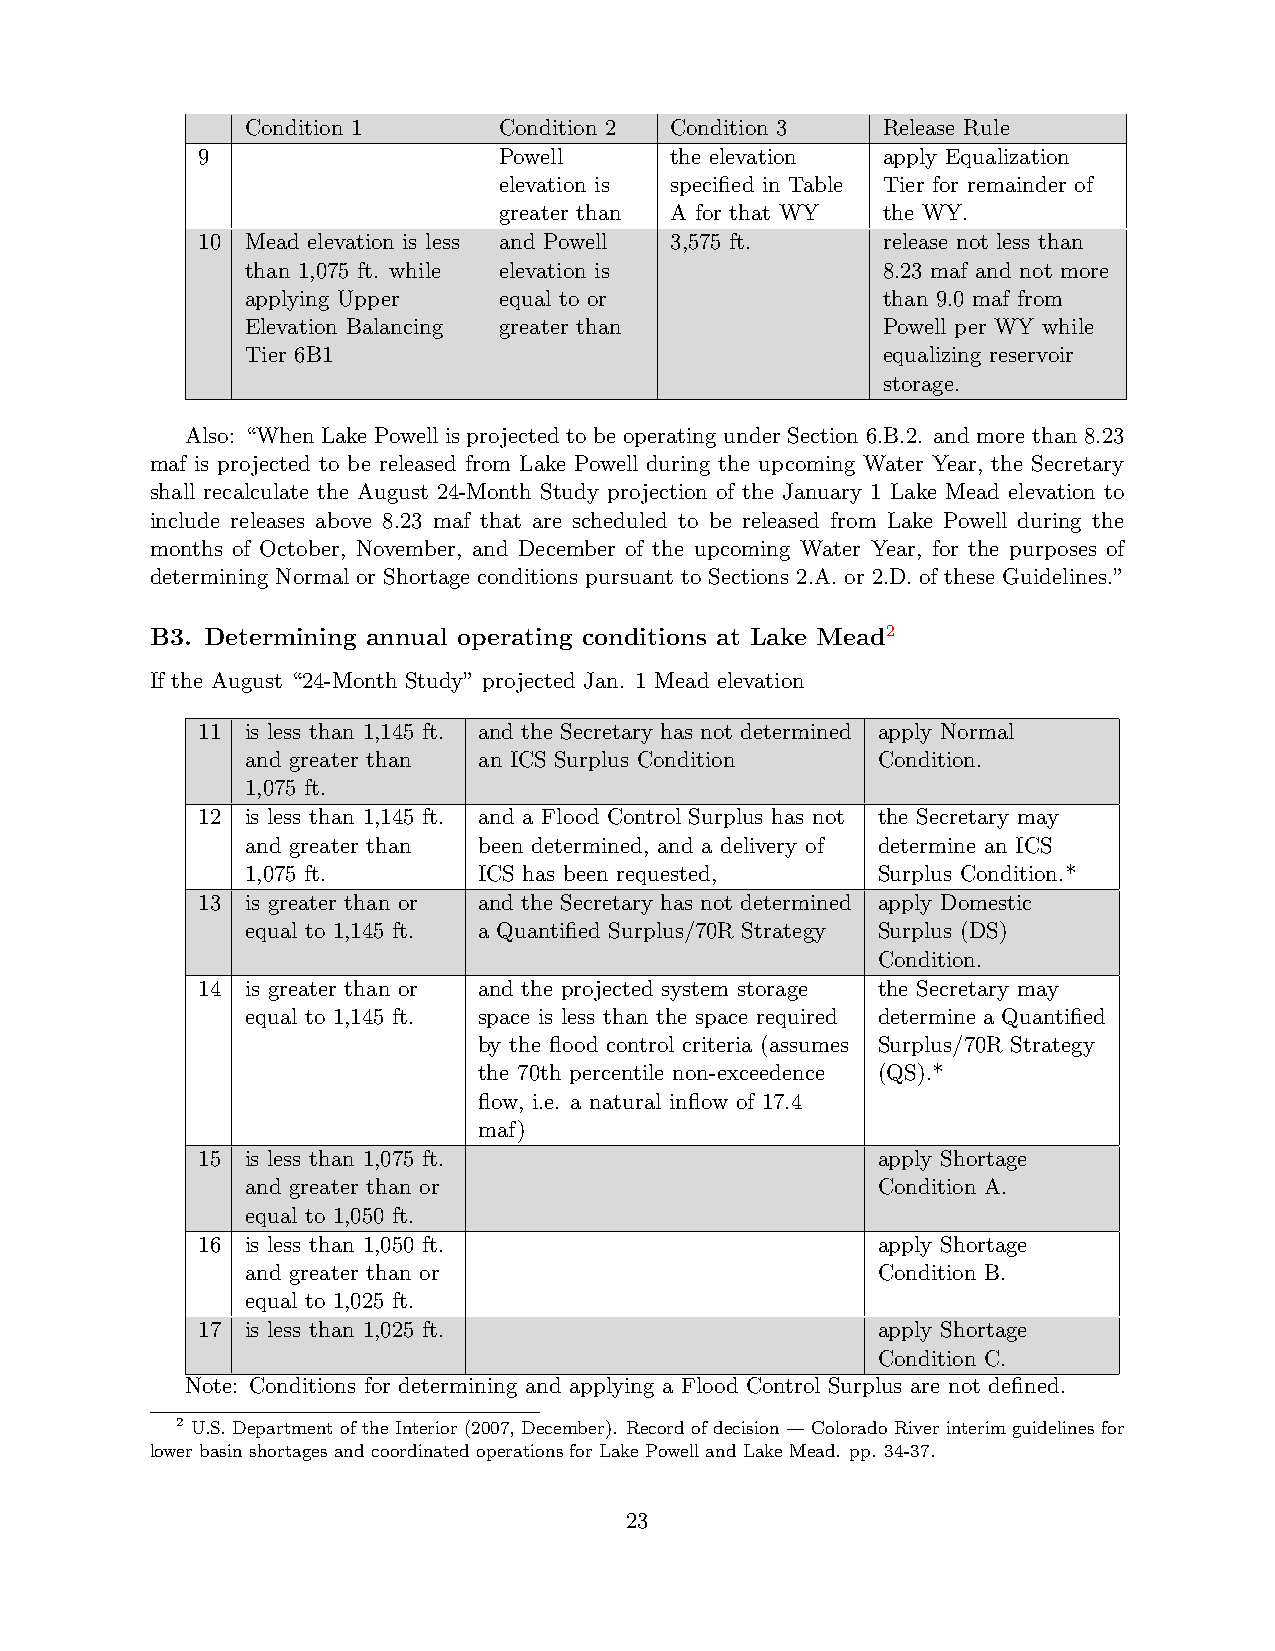
Condition 1      Condition 2 Condition 3  Release Rule
 9                   Powell     the elevation apply Equalization
 elevation is specified in Table Tier for remainder of
 greater than A for that WY the WY.
 10 Mead elevation is less and Powell 3,575 ft. release not less than
 than 1,075 ft. while elevation is         8.23 maf and not more
 applying Upper   equal to or              than 9.0 maf from
 Elevation Balancing greater than          Powell per WY while
 Tier 6B1                                  equalizing reservoir
 storage.
 Also: “When Lake Powell is projected to be operating under Section 6.B.2. and more than 8.23
 maf is projected to be released from Lake Powell during the upcoming Water Year, the Secretary
 shall recalculate the August 24-Month Study projection of the January 1 Lake Mead elevation to
 include releases above 8.23 maf that are scheduled to be released from Lake Powell during the
 months of October, November, and December of the upcoming Water Year, for the purposes of
 determining Normal or Shortage conditions pursuant to Sections 2.A. or 2.D. of these Guidelines.”
 B3. Determining annual operating conditions at Lake Mead2
 If the August “24-Month Study” projected Jan. 1 Mead elevation
 11 is less than 1,145 ft. and the Secretary has not determined apply Normal
 and greater than an ICS Surplus Condition Condition.
 1,075 ft.
 12 is less than 1,145 ft. and a Flood Control Surplus has not the Secretary may
 and greater than been determined, and a delivery of determine an ICS
 1,075 ft.       ICS has been requested,   Surplus Condition.*
 13 is greater than or and the Secretary has not determined apply Domestic
 equal to 1,145 ft. a Quantified Surplus/70R Strategy Surplus (DS)
 Condition.
 14 is greater than or and the projected system storage the Secretary may
 equal to 1,145 ft. space is less than the space required determine a Quantified
 by the flood control criteria (assumes Surplus/70R Strategy
 the 70th percentile non-exceedence (QS).*
 flow, i.e. a natural inflow of 17.4
 maf)
 15 is less than 1,075 ft.                    apply Shortage
 and greater than or                       Condition A.
 equal to 1,050 ft.
 16 is less than 1,050 ft.                    apply Shortage
 and greater than or                       Condition B.
 equal to 1,025 ft.
 17 is less than 1,025 ft.                    apply Shortage
 Condition C.
 Note: Conditions for determining and applying a Flood Control Surplus are not defined.
 2 U.S. Department of the Interior (2007, December). Record of decision — Colorado River interim guidelines for
 lower basin shortages and coordinated operations for Lake Powell and Lake Mead. pp. 34-37.
 23